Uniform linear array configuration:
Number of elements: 4
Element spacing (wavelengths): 0.75
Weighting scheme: cosine
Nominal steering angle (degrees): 60
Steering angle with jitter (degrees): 60.461
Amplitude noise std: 0.05
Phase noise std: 0.05

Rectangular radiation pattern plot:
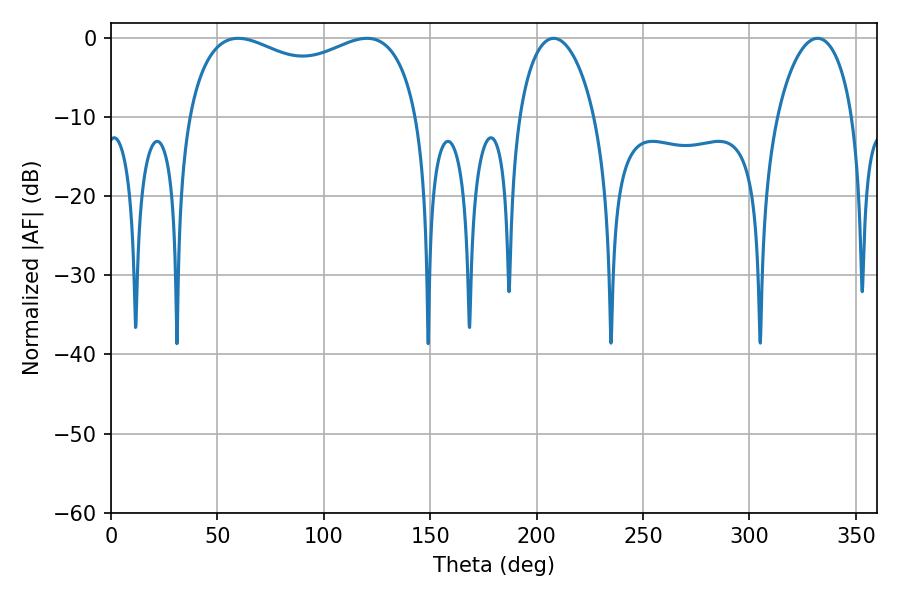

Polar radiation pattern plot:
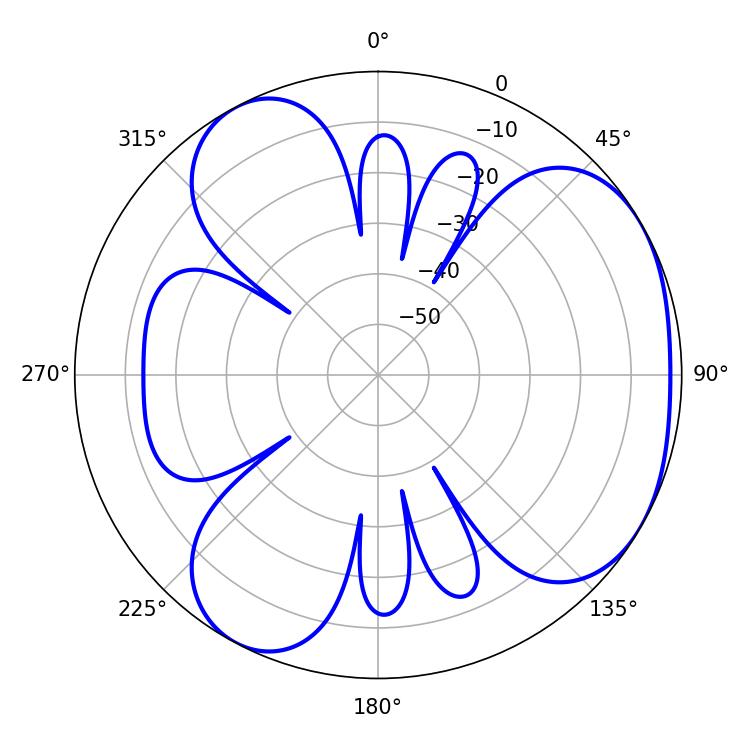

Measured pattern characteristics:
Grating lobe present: TRUE
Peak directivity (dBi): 4.067
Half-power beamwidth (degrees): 89.64
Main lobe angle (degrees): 59.76